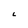
Character: L